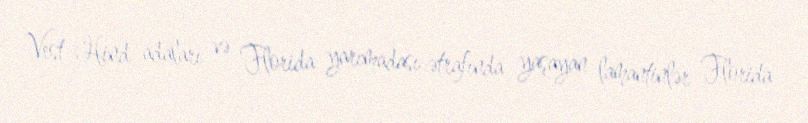
Vest-Hind adaları və Florida yarımadası ətrafında yaşayan lamantinlər Florida